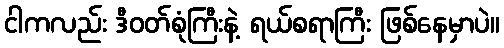
ငါကလည်း ဒီဝတ်စုံကြီးနဲ့ ရယ်စရာကြီး ဖြစ်နေမှာပဲ။